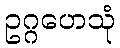
ဥဂ္ဂဟေသုံ